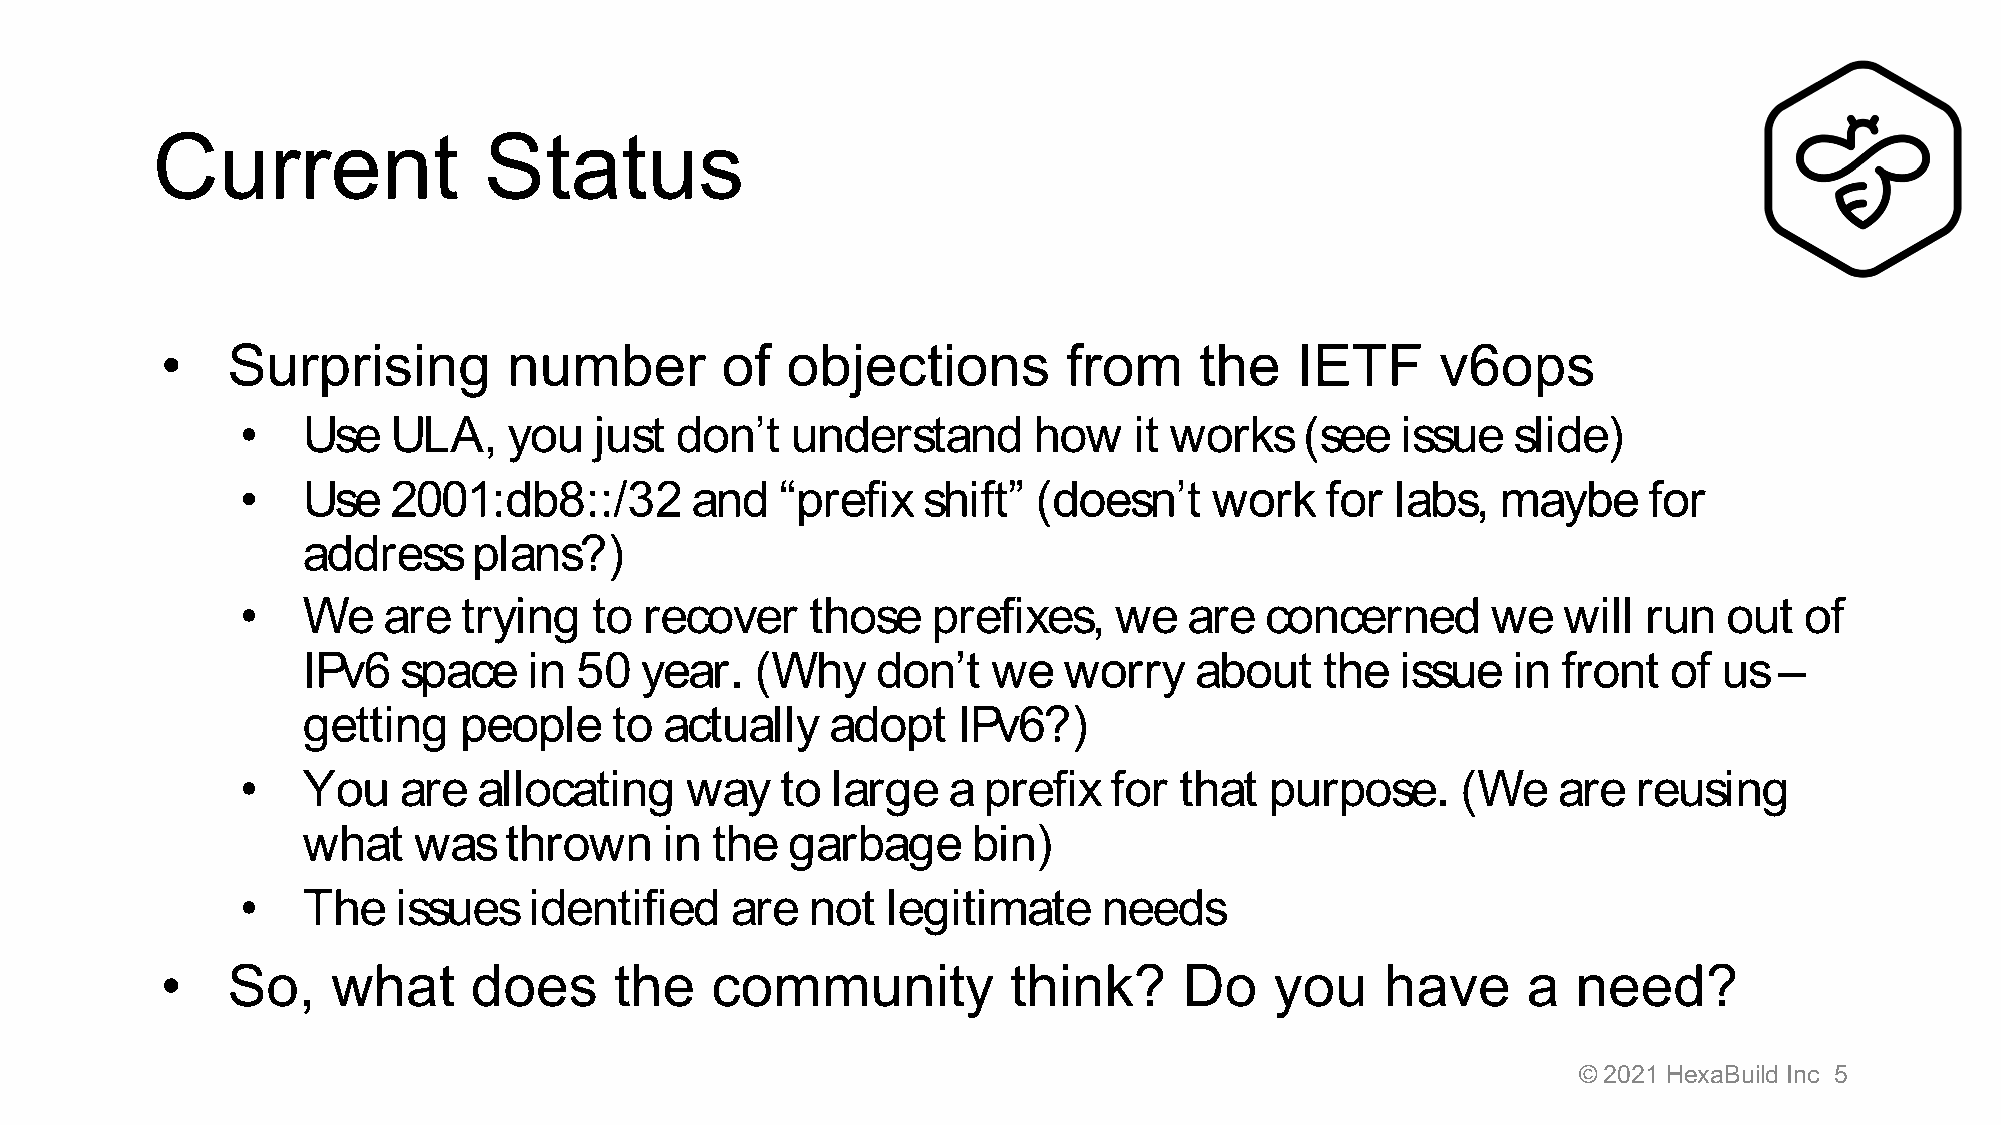
Current               Status
 •   Surprising         number        of  objections         from    the    IETF     v6ops
 •   Use   ULA,    you  just  don’t  understand      how    it works   (see   issue  slide)
 •   Use   2001:db8::/32       and   “prefix  shift”  (doesn’t   work    for labs,  maybe     for
 address    plans?)
 •   We   are   trying  to  recover    those   prefixes,   we   are  concerned      we  will  run  out  of
 IPv6  space    in 50  year.   (Why    don’t   we  worry    about    the  issue  in front   of us  –
 getting   people    to  actually   adopt   IPv6?)
 •   You   are   allocating   way    to large   a prefix  for  that  purpose.     (We   are  reusing
 what   was   thrown     in the  garbage     bin)
 •   The   issues   identified   are  not   legitimate    needs
 •   So,    what     does      the   community           think?     Do    you     have     a  need?
 © 2021 HexaBuild Inc 5